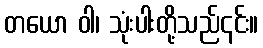
တယော ဝါ၊ သုံးပါးတို့သည်၎င်း။